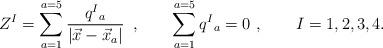
LaTeX: \begin{align*} Z^I = \sum _{a= 1}^{a=5} {q^I{}_a \over |\vec x - \vec x_a| }\, \ , \qquad\sum _{a= 1}^{a=5} q^I{}_a=0\ , \qquad I=1,2,3,4.\end{align*}